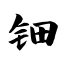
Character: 钿